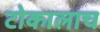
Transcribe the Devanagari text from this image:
टोकालाच